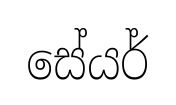
සේයර්